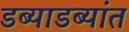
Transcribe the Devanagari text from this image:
डब्याडब्यांत